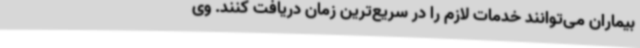
بیماران می‌توانند خدمات لازم را در سریع‌ترین زمان دریافت کنند. وی